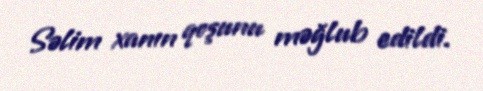
Səlim xanın qoşunu məğlub edildi.